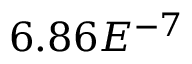
6 . 8 6 E ^ { - 7 }